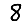
Digit: 8